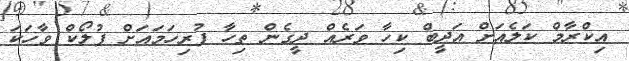
އިކްރާމް ކަލެއަށް އަދީބް ކިހާ ވަރެއް ދީގެން ތިހާ ފުރިހަމައަށް ފުލޯކް ވާހަކަ